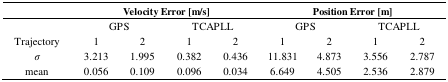
<table><thead><tr><td></td><td colspan="4"><b>Velocity Error [m/s]</b></td><td colspan="4"><b>Position Error [m]</b></td></tr><tr><td></td><td colspan="2"><b>GPS</b></td><td colspan="2"><b>TCAPLL</b></td><td colspan="2"><b>GPS</b></td><td colspan="2"><b>TCAPLL</b></td></tr></thead><tbody><tr><td>Trajectory</td><td>1</td><td>2</td><td>1</td><td>2</td><td>1</td><td>2</td><td>1</td><td>2</td></tr><tr><td><i>σ</i></td><td>3.213</td><td>1.995</td><td>0.382</td><td>0.436</td><td>11.831</td><td>4.873</td><td>3.556</td><td>2.787</td></tr><tr><td>mean</td><td>0.056</td><td>0.109</td><td>0.096</td><td>0.034</td><td>6.649</td><td>4.505</td><td>2.536</td><td>2.879</td></tr></tbody></table>